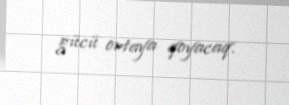
gücü ortaya qoyacaq.